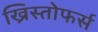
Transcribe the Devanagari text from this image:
ख्रिस्तोफर्स